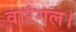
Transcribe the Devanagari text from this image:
वारंगल।